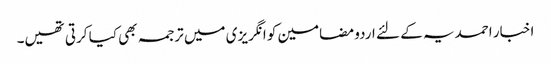
اخبار احمدیہ کے لئے اردو مضامین کو انگریزی میں ترجمہ بھی کیا کرتی تھیں۔